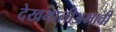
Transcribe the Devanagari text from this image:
देखभालीअभावी